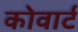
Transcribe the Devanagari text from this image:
कोवार्ट